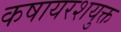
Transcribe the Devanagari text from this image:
कषायरशयुक्त